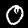
Label: 0